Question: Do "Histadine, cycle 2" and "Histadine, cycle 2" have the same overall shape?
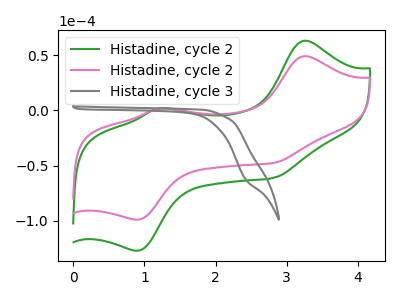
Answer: <think>The green curve "Histadine, cycle 2" has anodic peaks at (3.25V, 63.30uA) (1.20V, 1.90uA) and cathodic peaks at (0.90V, -127.20uA) (2.80V, -61.00uA). The pink curve "Histadine, cycle 2" has anodic peaks at (3.25V, 49.25uA) (1.20V, 1.45uA) and cathodic peaks at (0.90V, -99.00uA) (2.80V, -47.50uA). The gray curve "Histadine, cycle 3" has no peaks.
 All the peaks in "Histadine, cycle 2" have a peak in "Histadine, cycle 2" at the same potential. Every peak in "Histadine, cycle 2" is lower than every peak in "Histadine, cycle 2".</think>
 <answer>"Histadine, cycle 2" and "Histadine, cycle 2" are similar in shape.</answer>
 <eval>same_shape</eval>